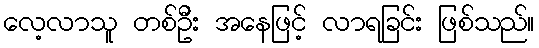
လေ့လာသူ တစ်ဦး အနေဖြင့် လာရခြင်း ဖြစ်သည်။